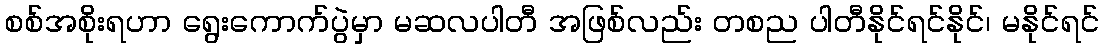
စစ်အစိုးရဟာ ရွေးကောက်ပွဲမှာ မဆလပါတီ အဖြစ်လည်း တစည ပါတီနိုင်ရင်နိုင်၊ မနိုင်ရင်